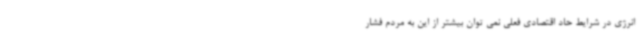
انرژی در شرایط حاد اقتصادی فعلی نمی توان بیشتر از این به مردم فشار